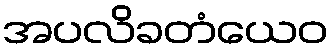
အပလိခတံယေဝ